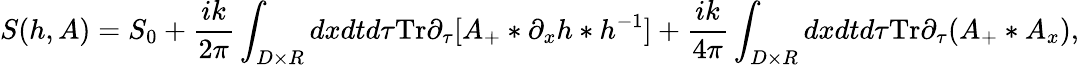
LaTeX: S(h,A)=S_{0}+\frac{ik}{2\pi}\int_{D\times R}dxdtd\tau\mathrm{Tr}\partial_{\tau}[A_{+}*\partial_{x}h*h^{-1}]+\frac{ik}{4\pi}\int_{D\times R}dxdtd\tau\mathrm{Tr}\partial_{\tau}(A_{+}*A_{x}),